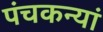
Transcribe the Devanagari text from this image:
पंचकन्यां